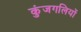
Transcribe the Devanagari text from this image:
कुंजगलियों